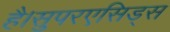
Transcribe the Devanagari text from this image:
है।सुपरएसिड्स